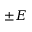
\pm E